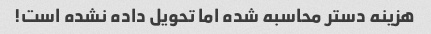
هزینه دستر محاسبه شده اما تحویل داده نشده است!